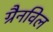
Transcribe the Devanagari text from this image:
ग्रैनविल